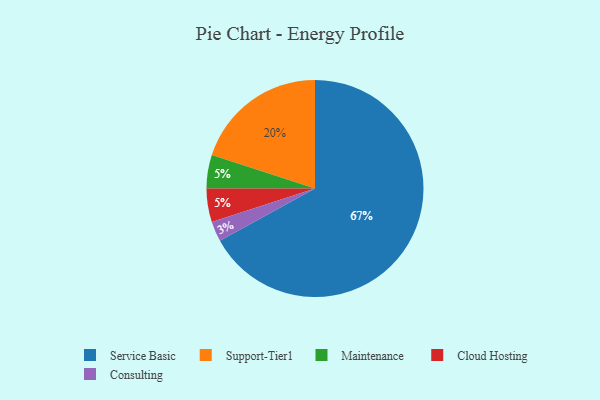
{"axis": {"x": "Category", "y": "Percentage"}, "legend": ["Cloud Hosting", "Consulting", "Maintenance", "Service Basic", "Support-Tier1"], "data": [{"x": "Maintenance", "y": 5, "type": "Maintenance"}, {"x": "Consulting", "y": 3, "type": "Consulting"}, {"x": "Support-Tier1", "y": 20, "type": "Support-Tier1"}, {"x": "Service Basic", "y": 67, "type": "Service Basic"}, {"x": "Cloud Hosting", "y": 5, "type": "Cloud Hosting"}]}